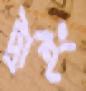
ট্রাইং